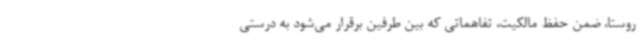
روستا، ضمن حفظ مالکیت، تفاهماتی که بین طرفین برقرار می‌شود به درستی